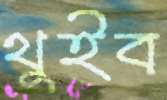
থুইব